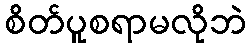
စိတ်ပူစရာမလိုဘဲ